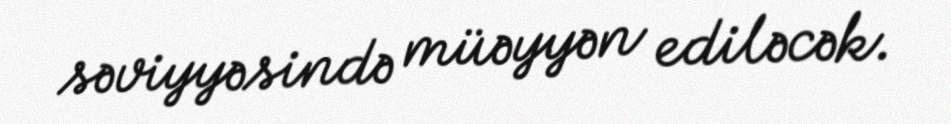
səviyyəsində müəyyən ediləcək.